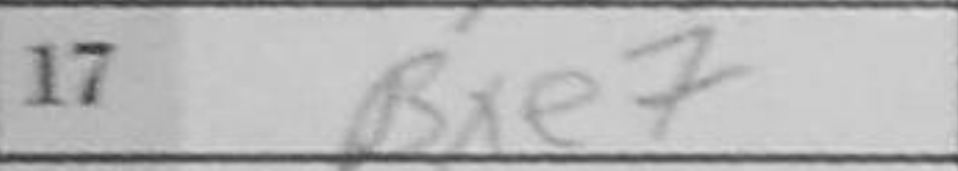
Transcription: Bxe7